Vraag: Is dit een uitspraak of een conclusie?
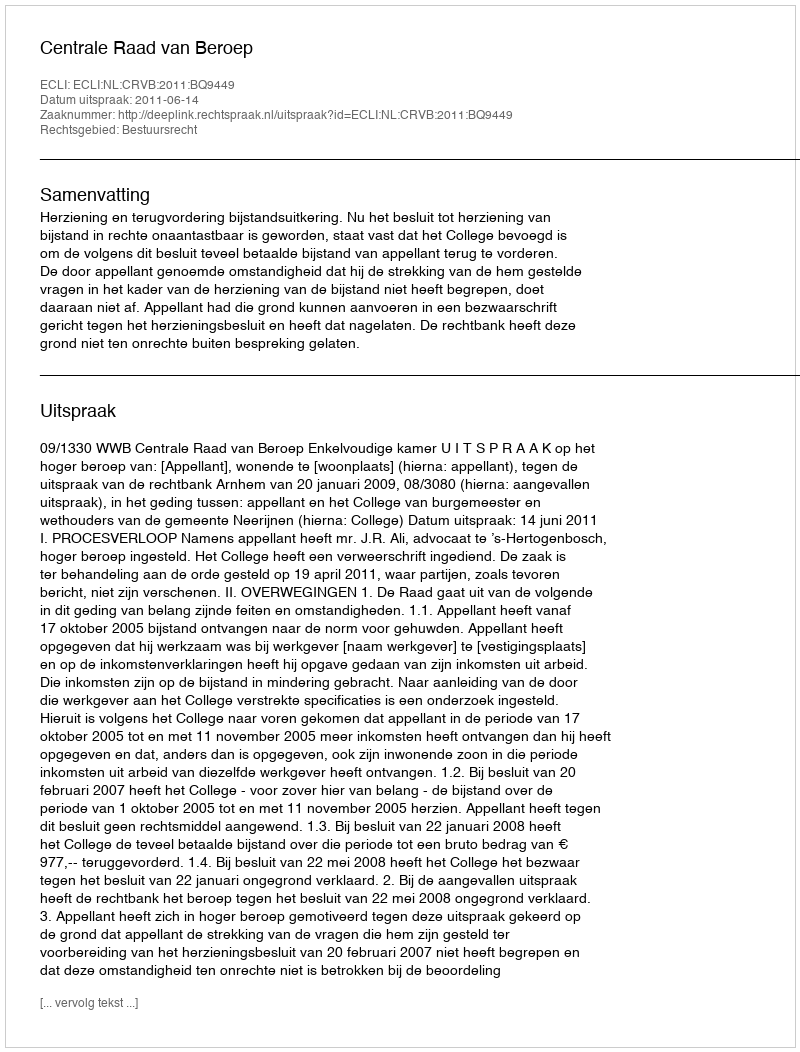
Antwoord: Uitspraak